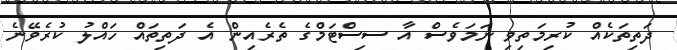
ދަތިތަކެއް ކުރިމަތިވި ނަމަވެސް އާ ސިސްޓަމްގެ ތެރެއިން އެ ދަތިތައް ހައްލު ކުރެވޭނެ